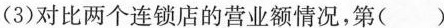
(3)对比两个连锁店的营业额情况，第（）